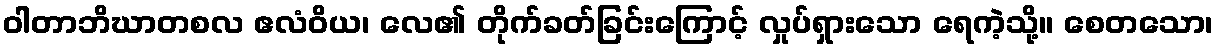
ဝါတာဘိဃာတစလ ဧလံဝိယ၊ လေ၏ တိုက်ခတ်ခြင်းကြောင့် လှုပ်ရှားသော ရေကဲ့သို့။ စေတသော၊